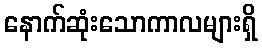
နောက်ဆုံးသောကာလများရှိ